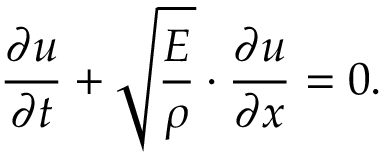
\frac { \partial u } { \partial t } + \sqrt { \frac { E } { \rho } } \cdot \frac { \partial u } { \partial x } = 0 .